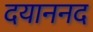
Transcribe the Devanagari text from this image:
दयाननद